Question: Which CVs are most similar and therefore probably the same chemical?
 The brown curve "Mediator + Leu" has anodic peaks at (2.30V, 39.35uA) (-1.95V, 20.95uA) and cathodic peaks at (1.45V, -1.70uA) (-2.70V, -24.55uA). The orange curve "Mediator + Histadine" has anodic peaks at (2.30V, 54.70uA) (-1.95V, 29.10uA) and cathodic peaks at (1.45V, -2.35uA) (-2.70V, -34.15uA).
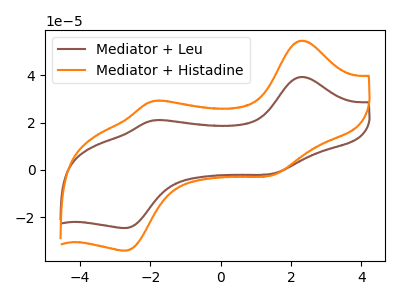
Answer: <think>All the peaks in "Mediator + Leu" have a peak in "Mediator + Histadine" at the same potential. Every peak in "Mediator + Leu" is lower than every peak in "Mediator + Histadine".
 </think>
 <answer>"Mediator + Leu" and "Mediator + Histadine" have the same shape and are likely CV's of the same chemical.</answer>
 <eval>"Mediator + Leu" "Mediator + Histadine"</eval>